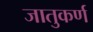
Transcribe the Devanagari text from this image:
जातुकर्ण